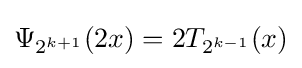
\Psi _{2^{k+1}}(2x)=2T_{2^{k-1}}(x)